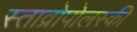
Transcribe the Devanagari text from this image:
स्ताव्रोपोलस्की